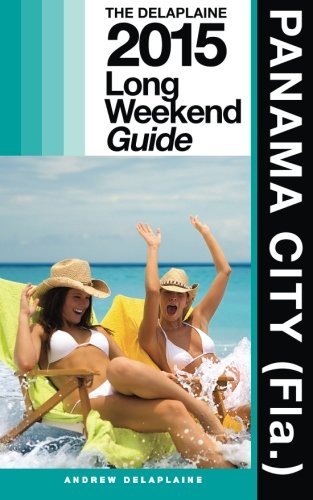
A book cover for Panama City (Fla.) - The Delaplaine 2015 Long Weekend Guide (Long Weekend Guides); Andrew Delaplaine; Travel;